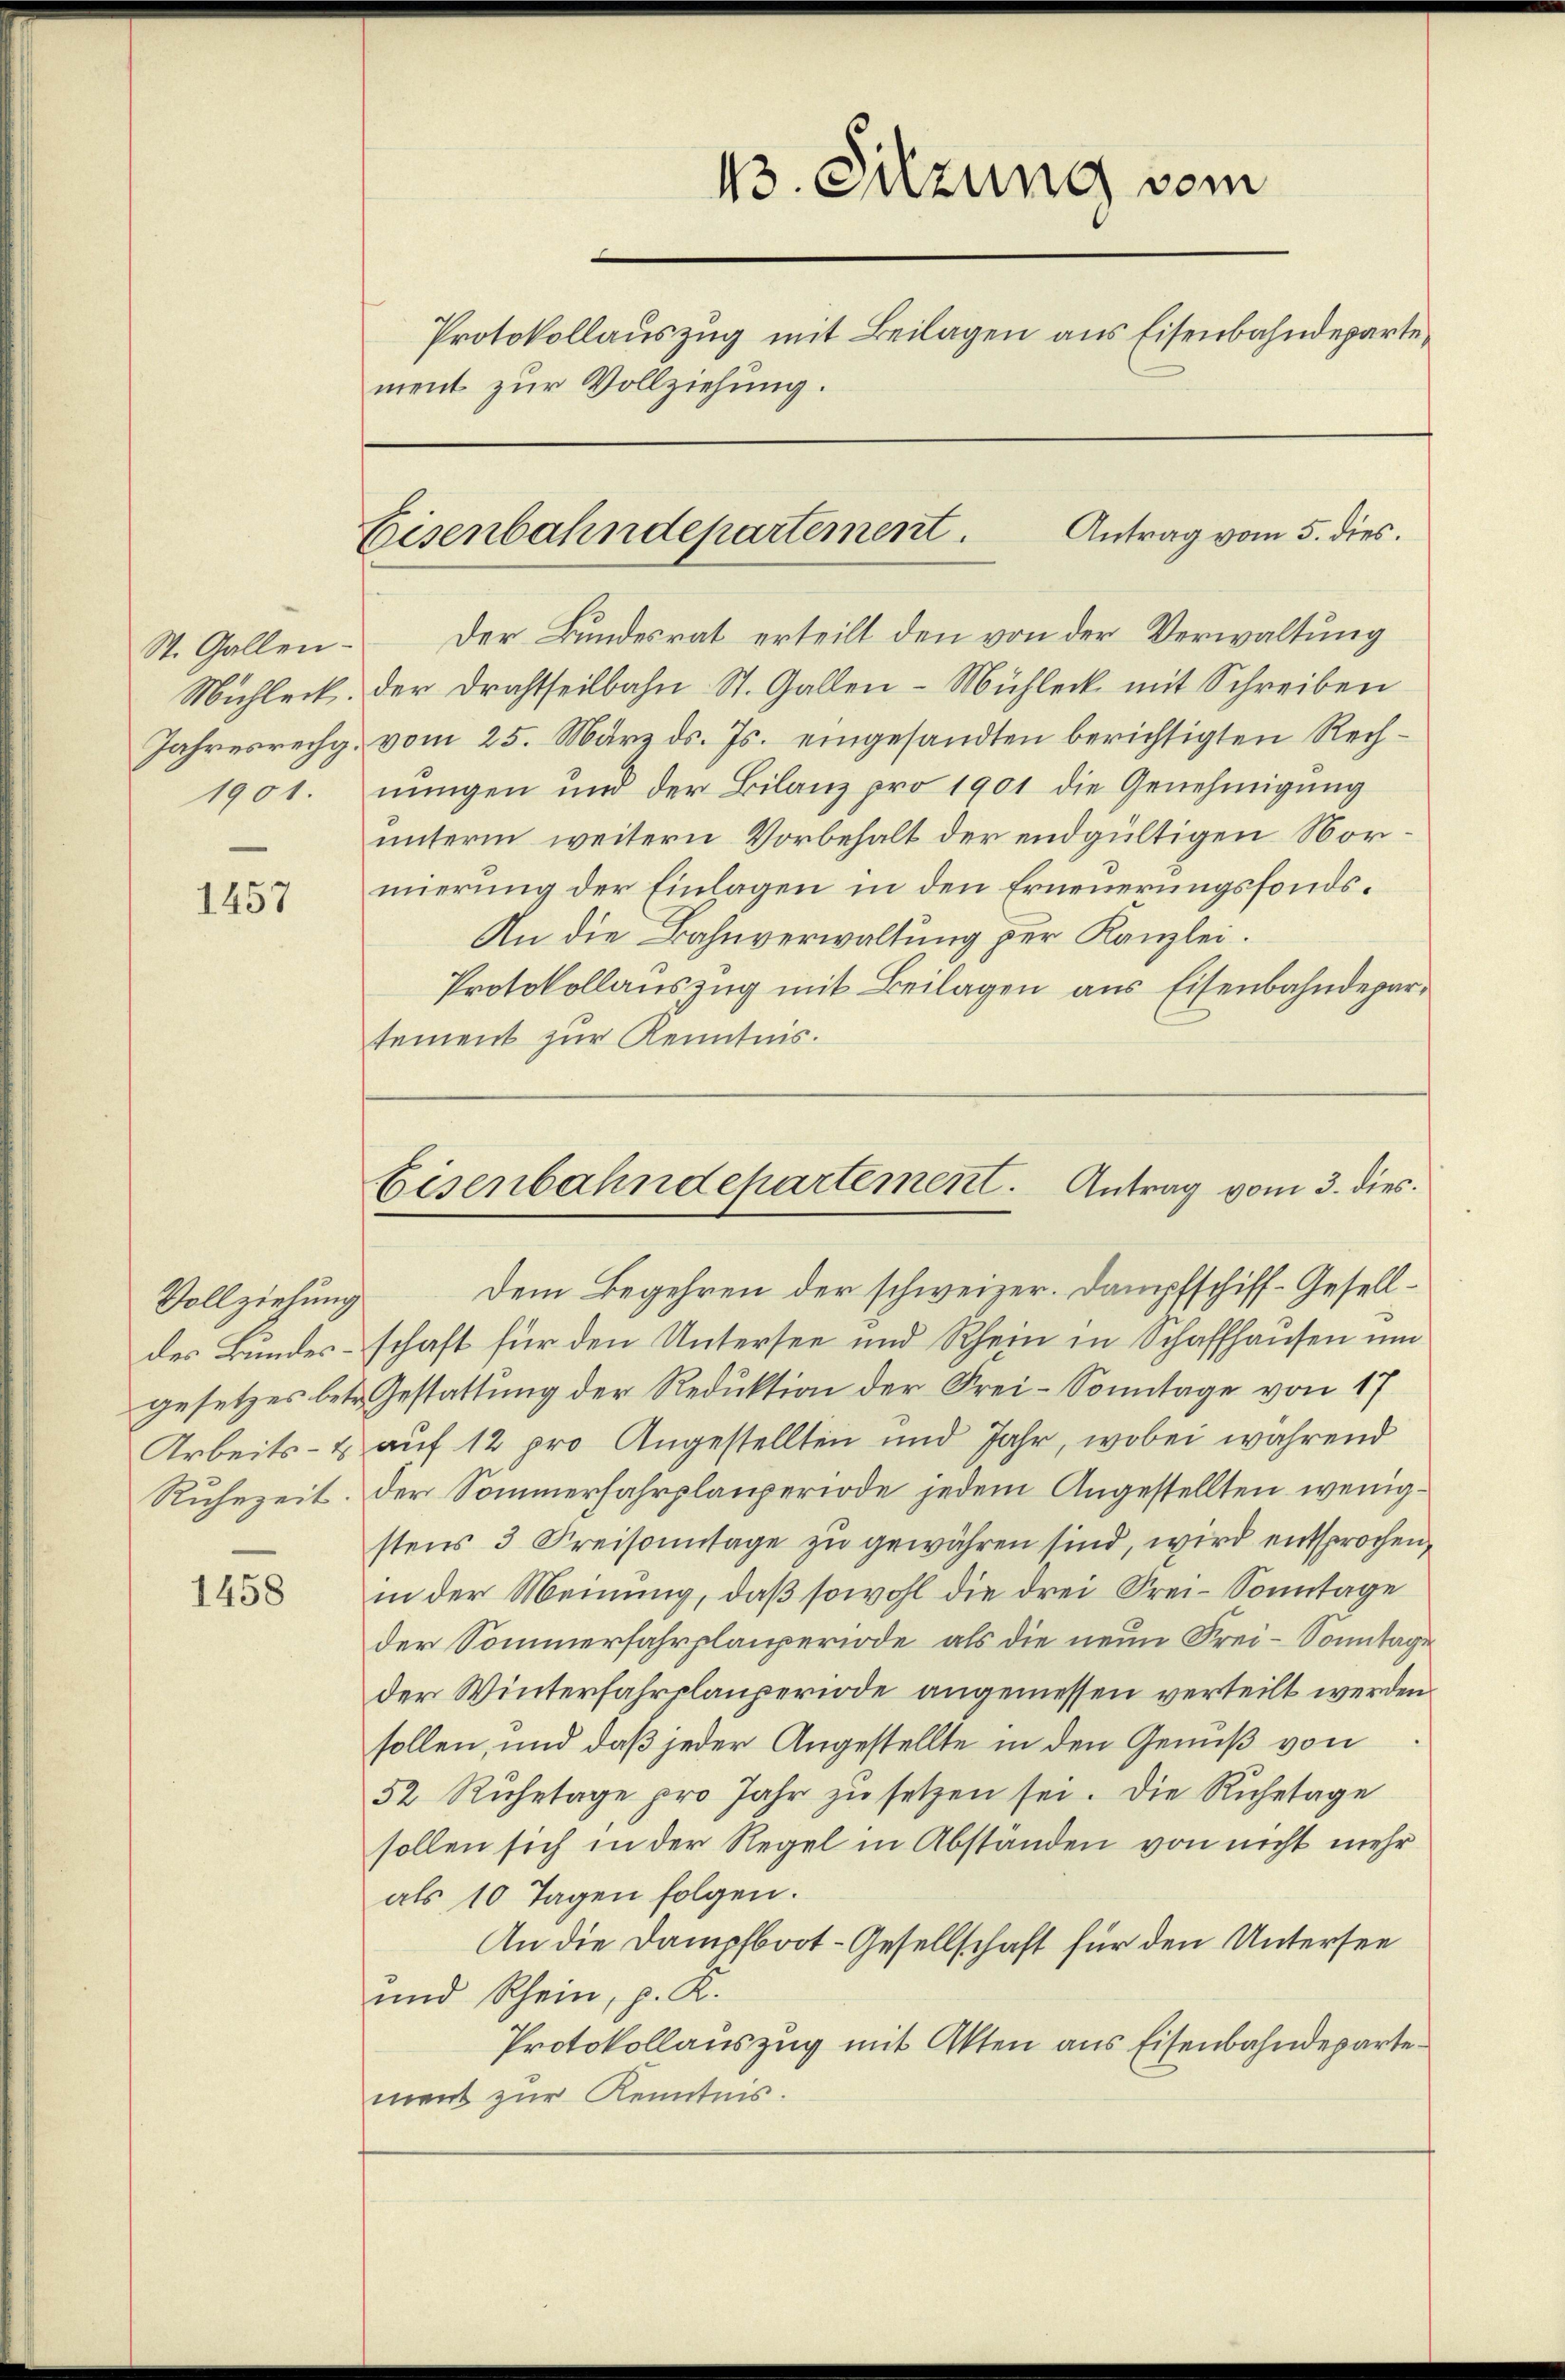
1457

1458

St. Gallen-

Vollziehung
des Bundesgesetzes betre
Arbeits-E
Ruhezeit.

13. Sitzung vom
Protokollauszug mit Beilagen aus Eisenbahndeparte
ment zur Vollziehung.

Der Bundesrat erteilt den von der Verwaltung
Michleck, der Drahtheilbahn St. Gallen-Mühleck mit Schreiben
Jahresrechg. vom 25. März ds. Js. eingesandten berichtigten Rech¬
Dem Begehren der schweizer. Dampfschiff- Gesellschaft für den Untersee und Rhein in Schaffhausen um
Gestattung der Reduktion der Frei-Sonntage von 17
auf 12 pro Angestellten und Jahr, wobei während
der Sommerfahrplauperiode jedem Angestellten wenigstens 3 Kreisonntage zu gewähren sind, wird entsprochen,
in der Meinung, daß sowohl die drei Frei-Sonntage
der Sommerfahrplanperiode, als die neun Frei-Sonntage
der Winterfahrplanperiode angemessen verteilt werden.
sollen, und daß jeder Angestellte in den Genuß von
52 Rŭhetage pro Jahr zŭ setzen sei. Die Ruhetage
sollen sich in der Regel in Abständen von nicht mehr
als 10 Tagen folgen.
An die Dampfboot-Gesellschaft für den Untersee
und Rhein, p. K.
Protokollauszug mit Akten aus Eisenbahndepartement zur Kenntnis.

Antrag vom 5. dies.
Eisenbahndepartement.

1901. nungen und der Bilanz pro 1901 die Genehmigung
unterm weitern Vorbehalt der endgültigen Normierung der Einlagen in den Erneuerungsfonds¬
An die Bahnverwaltung der Kanzlei.
Protokollauszug mit Beilagen aus Eisenbahndepartement zur Kenntnis.

Eisenbahndepartement. Antrag vom 3. dies